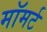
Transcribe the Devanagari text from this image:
मॉमर्ट